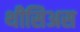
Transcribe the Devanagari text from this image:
थीसिअस